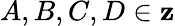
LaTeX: A,B,C,D\in\mathbf{z}